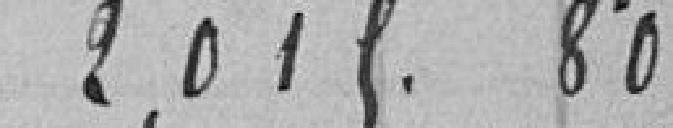
2015.80